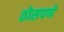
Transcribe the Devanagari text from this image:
ठोसपणे